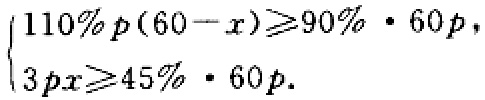
$\begin{cases}
110\%p(60 - x)\geqslant90\% \cdot 60p,\\
3px\geqslant45\% \cdot 60p.
\end{cases}$